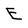
Character: E